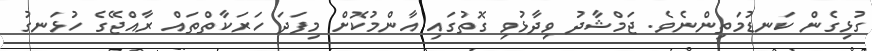
ގުޅިގެން ކަނޑުމަތިންނެވެ. ޖަމްޝާދު ވިދާޅުވި ގޮތުގައި އާންމުކޮށް މިފަދަ ހަރަކާތްތައް ރާއްޖޭގެ ހުޅަނގު